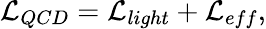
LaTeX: {\cal L}_{QCD}={\cal L}_{light}+{\cal L}_{eff},